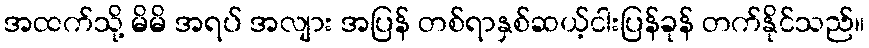
အထက်သို့ မိမိ အရပ် အလျား အပြန် တစ်ရာနှစ်ဆယ့်ငါးပြန်ခုန် တက်နိုင်သည်။